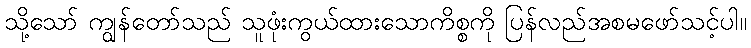
သို့သော် ကျွန်တော်သည် သူဖုံးကွယ်ထားသောကိစ္စကို ပြန်လည်အစမဖော်သင့်ပါ။